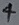
Text: 4